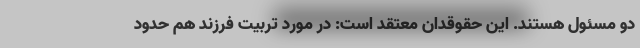
دو مسئول هستند. این حقوقدان معتقد است: در مورد تربیت فرزند هم حدود